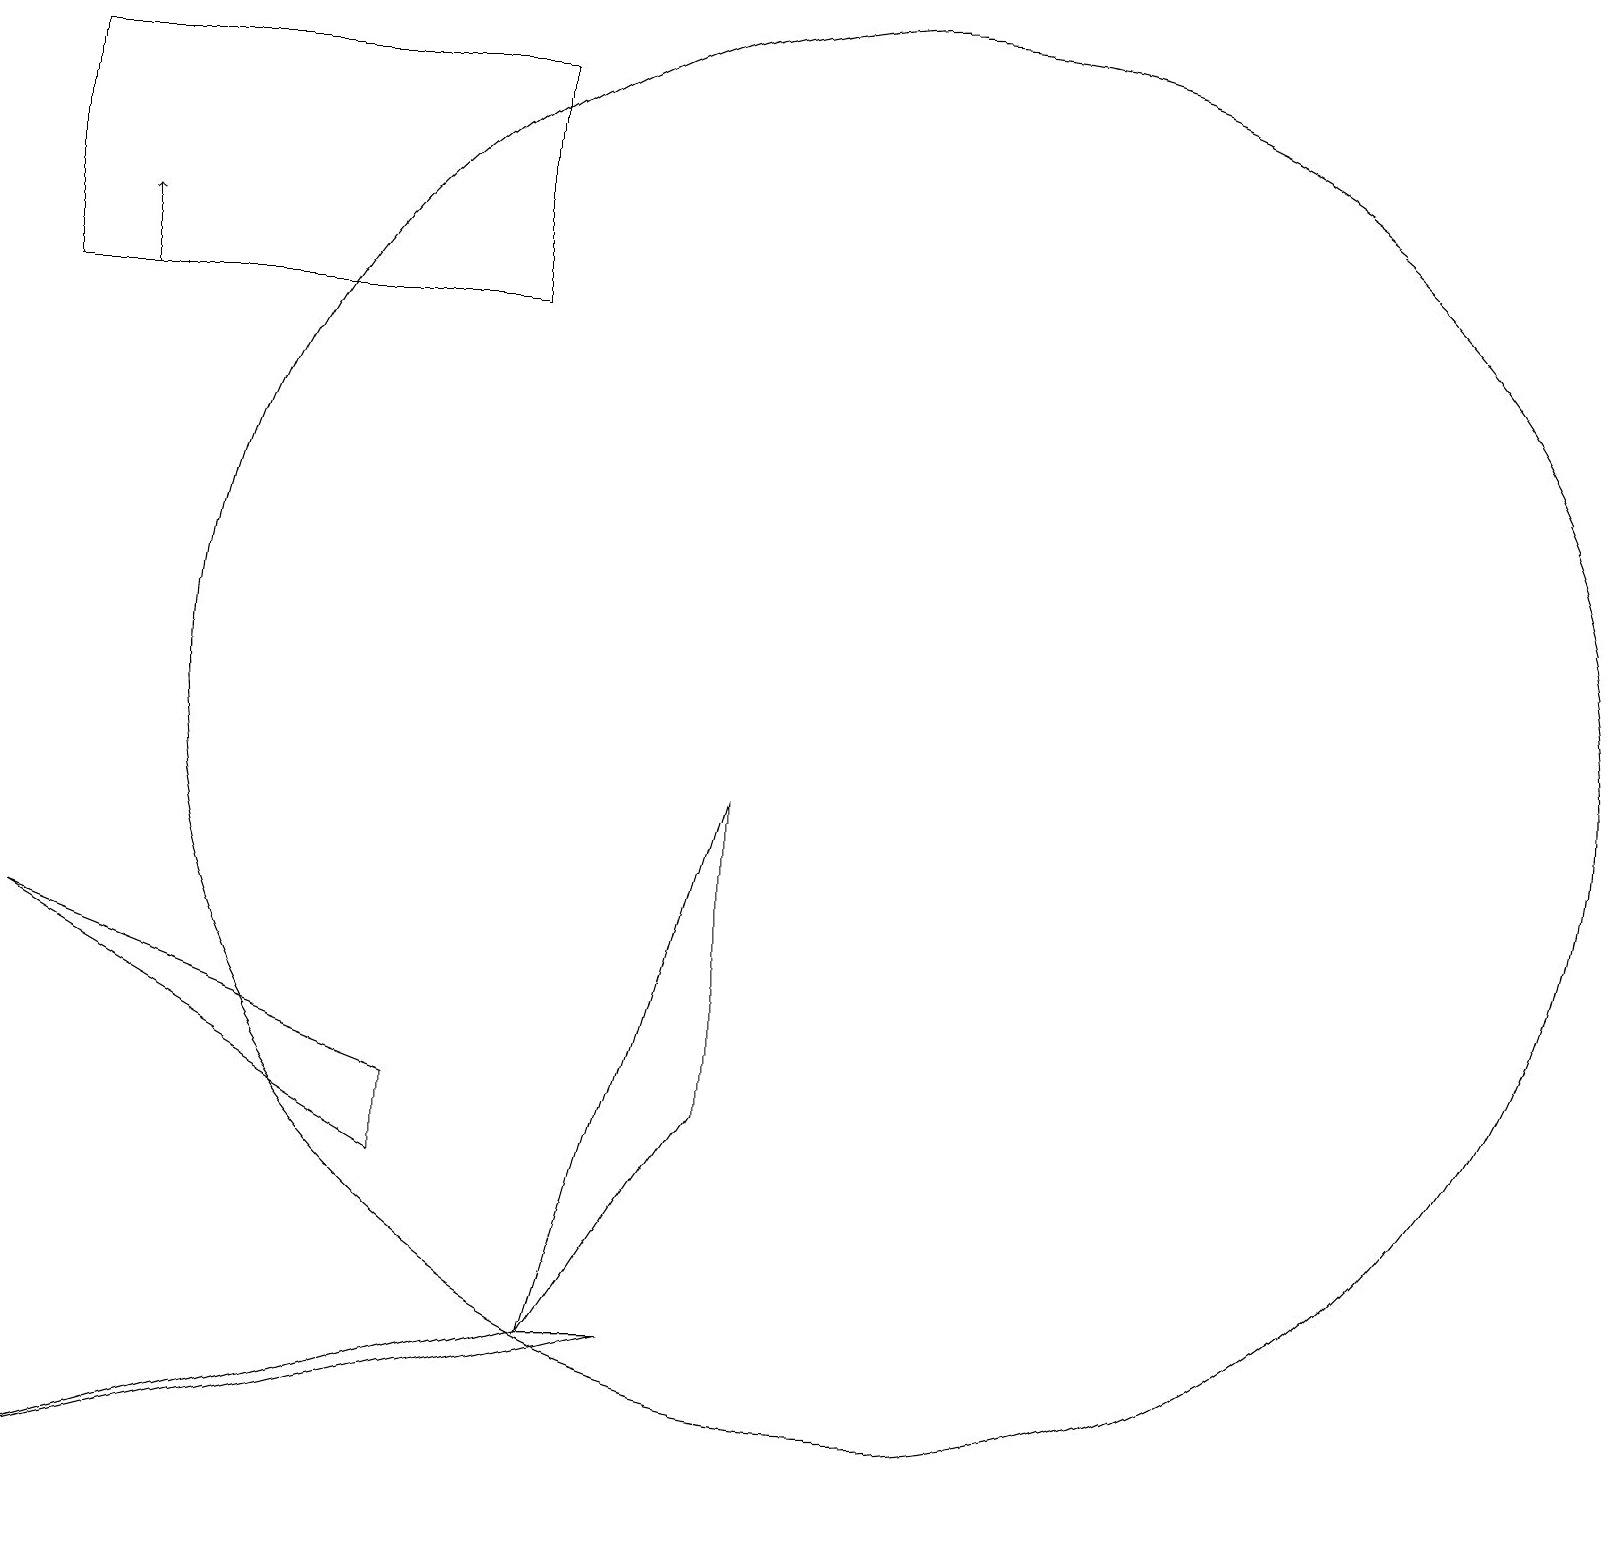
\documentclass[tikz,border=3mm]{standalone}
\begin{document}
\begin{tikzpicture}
\draw (7,2) -- (9,9) -- (9,5) -- cycle;
\draw (0,7) -- (5,5) -- (5,4) -- cycle;
\draw (11,10) circle (9);
\draw (0,18) rectangle (6,15);
\draw (8,2) -- (7,2) -- (0,0) -- cycle;
\draw[->] (1,15) -- (1,16);
\draw[->] (2,19) -- (2,19);
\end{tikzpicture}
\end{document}